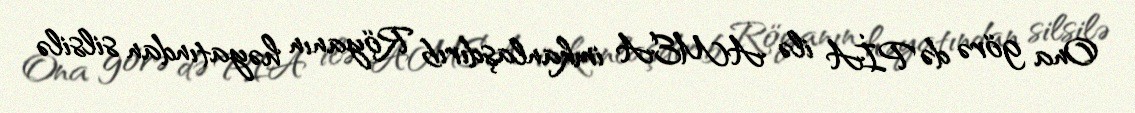
Ona görə də PİA ilə AMEA imkanlaşdırıb Röyanın həyatından silsilə